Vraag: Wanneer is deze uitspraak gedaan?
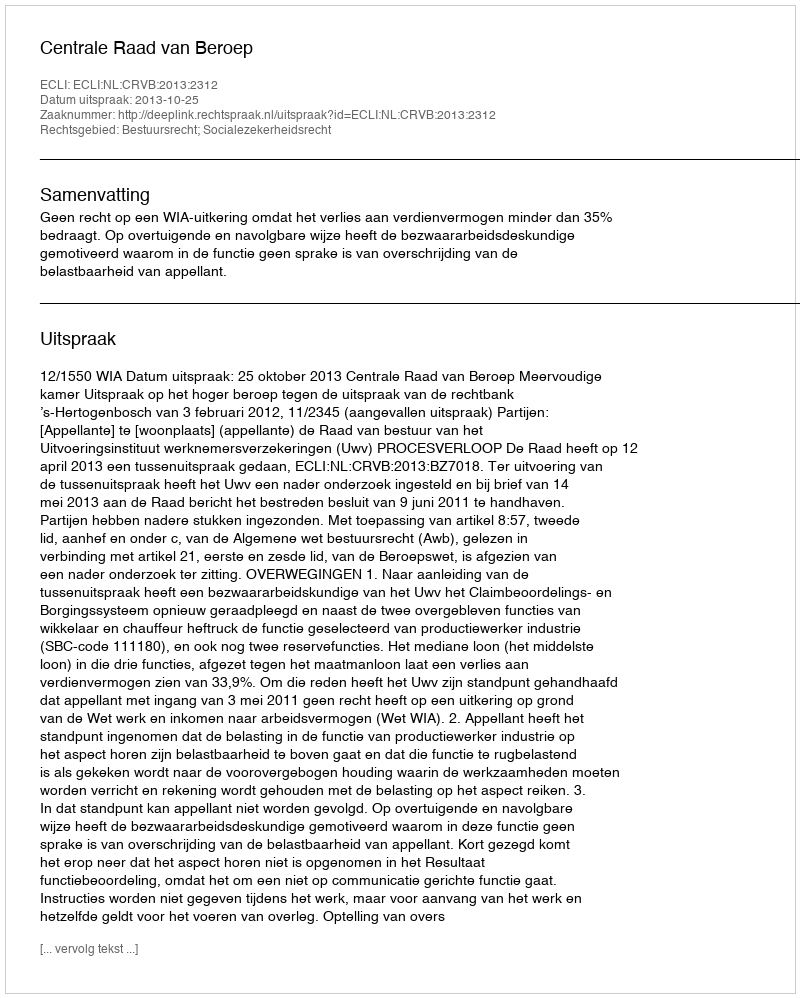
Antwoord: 2013-10-25